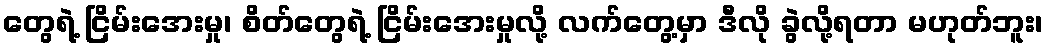
တွေရဲ့ ငြိမ်းအေးမှု၊ စိတ်တွေရဲ့ ငြိမ်းအေးမှုလို့ လက်တွေ့မှာ ဒီလို ခွဲလို့ရတာ မဟုတ်ဘူး၊